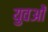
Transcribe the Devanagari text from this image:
युवओं